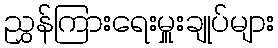
ညွှန်ကြားရေးမှူးချုပ်များ